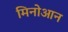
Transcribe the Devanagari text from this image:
मिनोआन